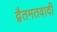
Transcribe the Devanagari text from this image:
द्वैतमतवादी